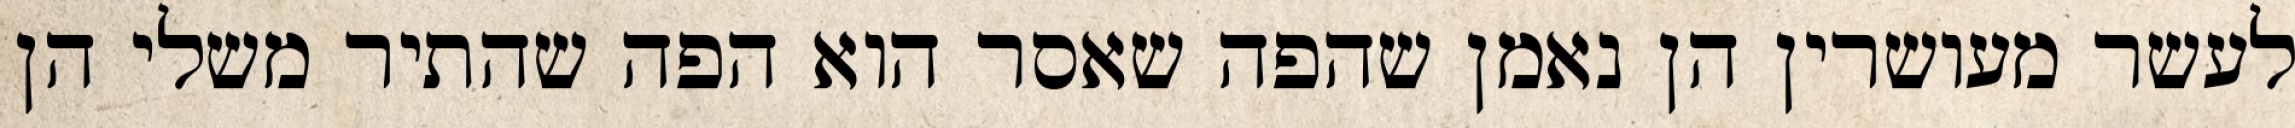
לעשר מעושרין הן נאמן שהפה שאסר הוא הפה שהתיר משלי הן